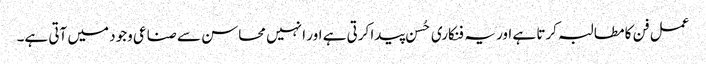
عمل فن کا مطالبہ کرتا ہے اور یہ فنکاری حُسن پیدا کرتی ہے اور ا نہیں محاسن سے صناعی وجود میں آتی ہے۔